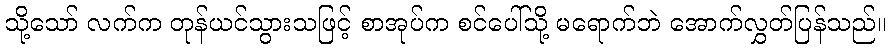
သို့သော် လက်က တုန်ယင်သွားသဖြင့် စာအုပ်က စင်ပေါ်သို့ မရောက်ဘဲ အောက်လွှတ်ပြန်သည်။